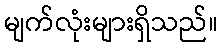
မျက်လုံးများရှိသည်။